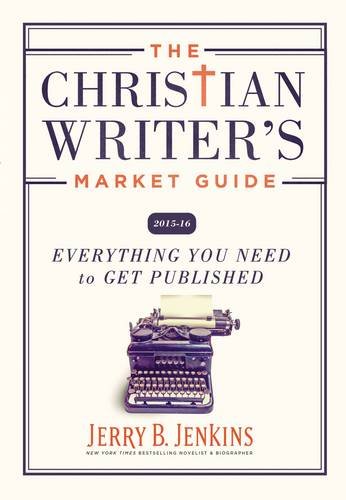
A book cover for The Christian Writer's Market Guide 2015-2016: Everything You Need to Get Published; Jerry B. Jenkins; Reference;